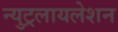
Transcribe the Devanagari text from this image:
न्युट्रलायलेशन